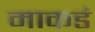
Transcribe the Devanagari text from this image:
माकडं